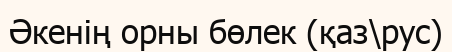
Әкенің орны бөлек (қаз\рус)